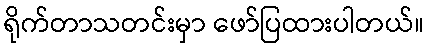
ရိုက်တာသတင်းမှာ ဖော်ပြထားပါတယ်။